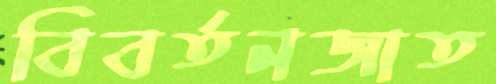
বিবর্তনজাত